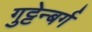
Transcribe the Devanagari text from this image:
गुट्टेन्बर्ग